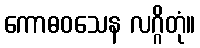
ကောဓဝသေန လဂ္ဂိတုံ။